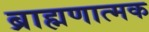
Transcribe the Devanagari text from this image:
ब्राह्मणात्मक